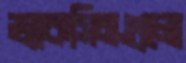
ভ্যাকসিনগুলো